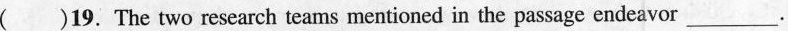
( )19.The two research teams mentioned in the passage endeavor___.